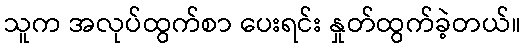
သူက အလုပ်ထွက်စာ ပေးရင်း နှုတ်ထွက်ခဲ့တယ်။